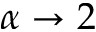
\alpha \to 2